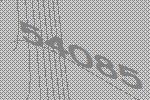
54085